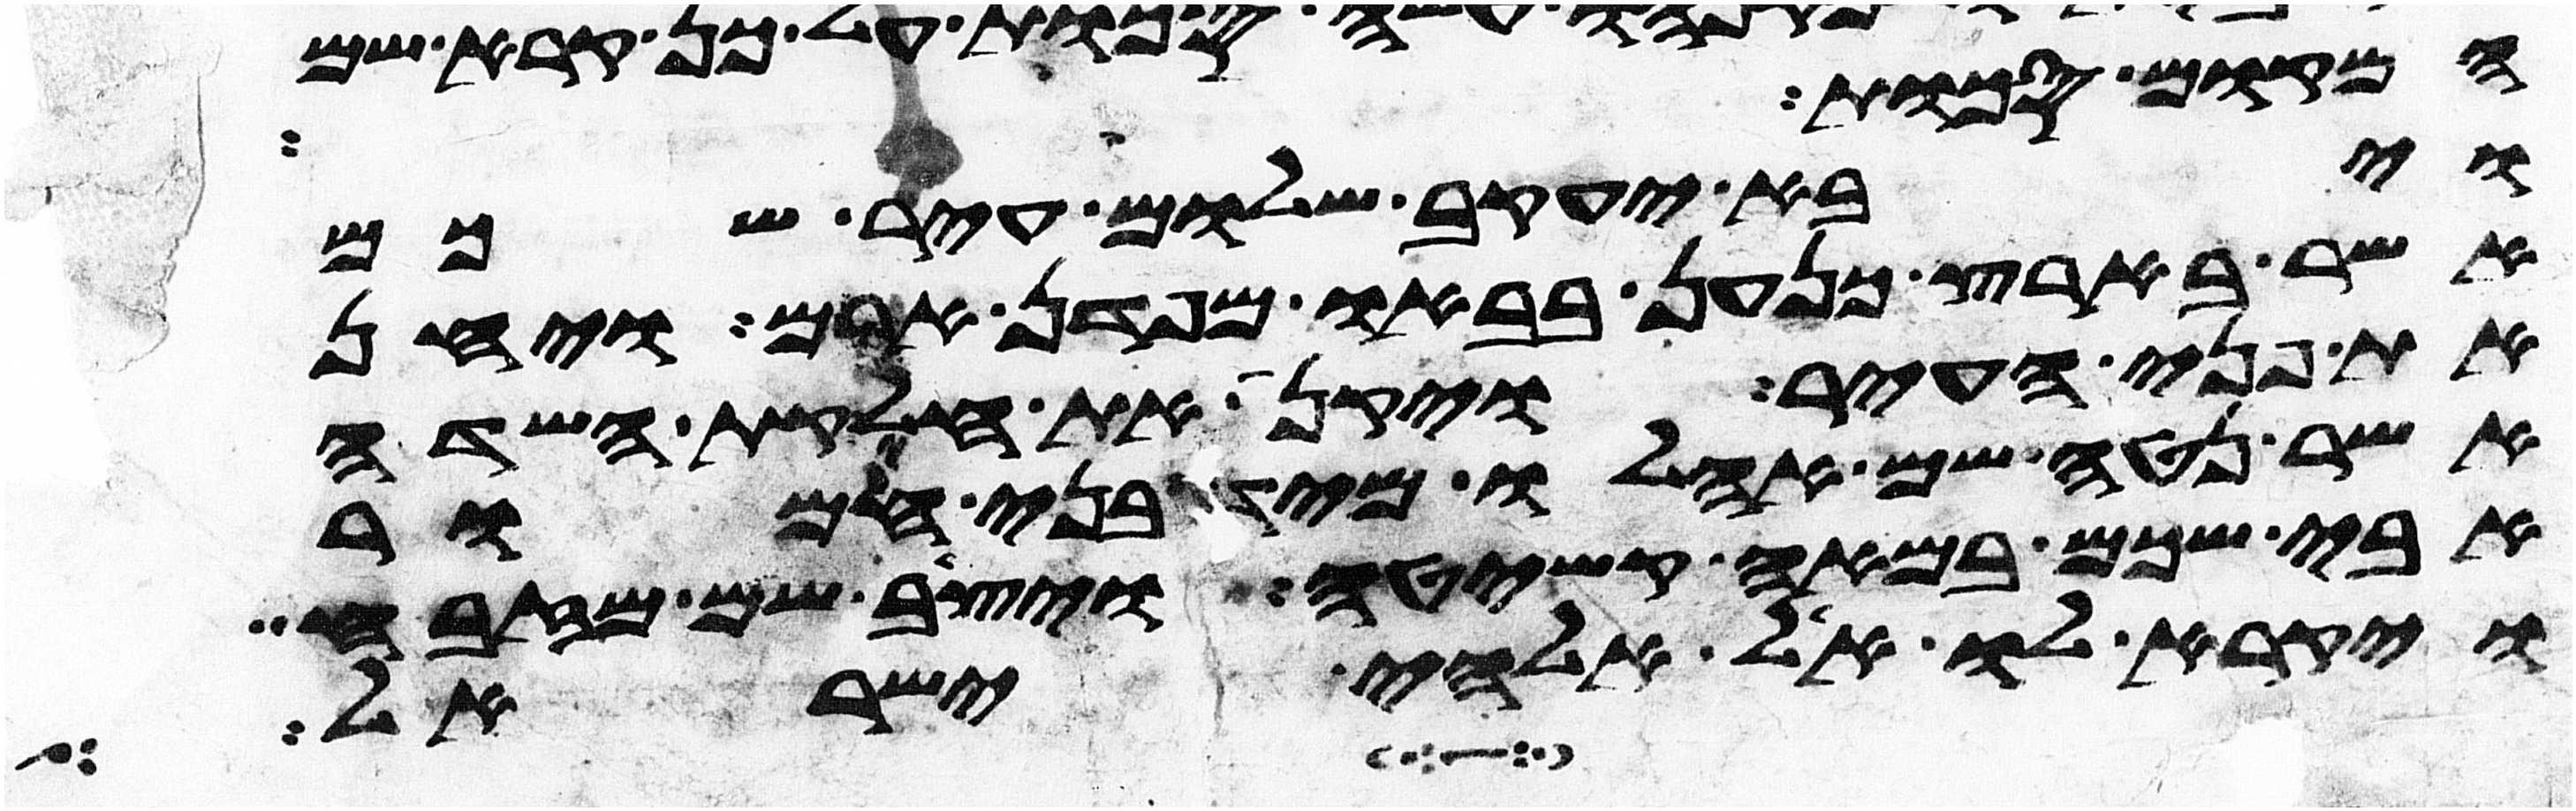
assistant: המקום סכות
ויבא יעקב שלום עיר שכם
אשר בארץ כנען בבאו מפדן ארם ויחן
את פני העיר ויקן את חלקת השדה
אשר נטה שם אהלו מיד בני חמור
אבי שכם במאה קשיטה ויצב שם מזבח
ויקרא לו אל אלהי ישראל